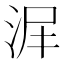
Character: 𣴅